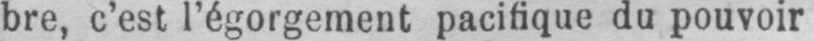
bre, c’est l’égorgement pacifique du pouvoir